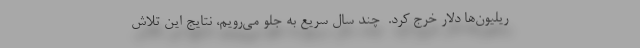
ریلیون‌ها دلار خرج کرد. ‌ چند سال سریع به جلو می‌رویم، نتایج این تلاش